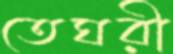
তেঘরী